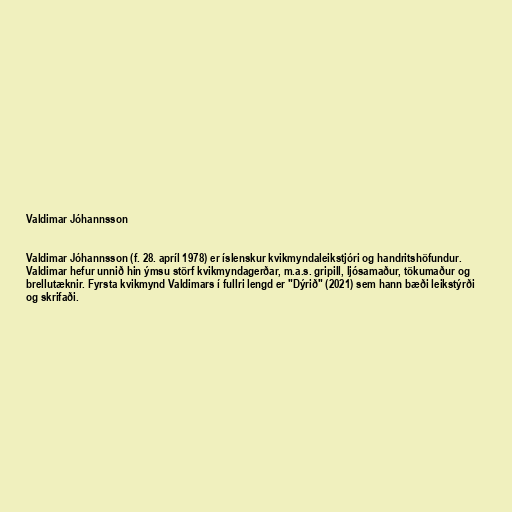
Valdimar Jóhannsson

Valdimar Jóhannsson (f. 28. apríl 1978) er íslenskur kvikmyndaleikstjóri og handritshöfundur.
Valdimar hefur unnið hin ýmsu störf kvikmyndagerðar, m.a.s. gripill, ljósamaður, tökumaður og
brellutæknir. Fyrsta kvikmynd Valdimars í fullri lengd er "Dýrið" (2021) sem hann bæði leikstýrði
og skrifaði.